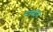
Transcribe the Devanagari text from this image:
संगतीनं